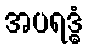
အပရဒ္ဓံ